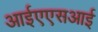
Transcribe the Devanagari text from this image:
आईएएसआई